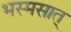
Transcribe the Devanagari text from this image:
भस्मसात्